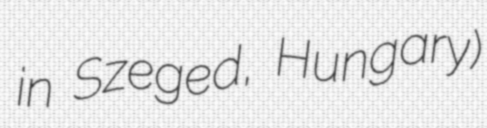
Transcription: in Szeged, Hungary)